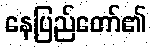
နေပြည်တော်၏